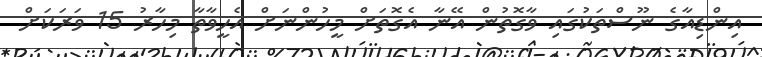
އިންޑިއާގެ ނޫސްތަކުގައި ވާގޮތުން އޭނާ އެގޮތަށް މީހުންނަށް އެހީވާތާ މިހާރު 15 ވަރަކަށް